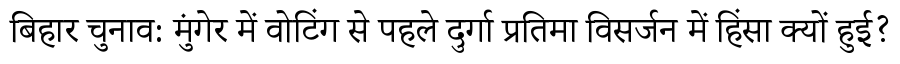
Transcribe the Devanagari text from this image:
बिहार चुनाव: मुंगेर में वोटिंग से पहले दुर्गा प्रतिमा विसर्जन में हिंसा क्यों हुई?